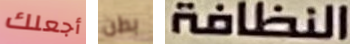
أجعلك بطن النظافة